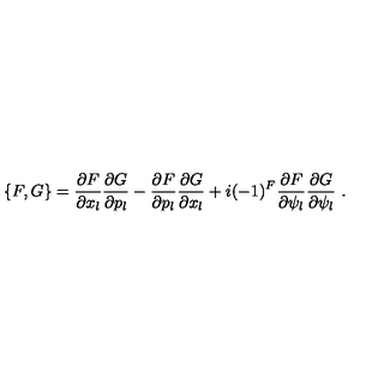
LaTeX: \{ F , G \} = \frac { \partial F } { \partial x _ { l } } \frac { \partial G } { \partial p _ { l } } - \frac { \partial F } { \partial p _ { l } } \frac { \partial G } { \partial x _ { l } } + i ( - 1 ) ^ { F } \frac { \partial F } { \partial \psi _ { l } } \frac { \partial G } { \partial \psi _ { l } } \ .